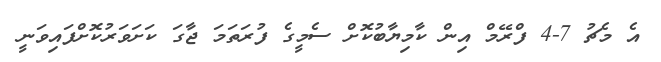
އެ މެޗު 7-4 ފްރޭމް އިން ކާމިޔާބުކޮށް ސެމީގެ ފުރަތަމަ ޖާގަ ކަށަވަރުކޮށްފައިވަނީ